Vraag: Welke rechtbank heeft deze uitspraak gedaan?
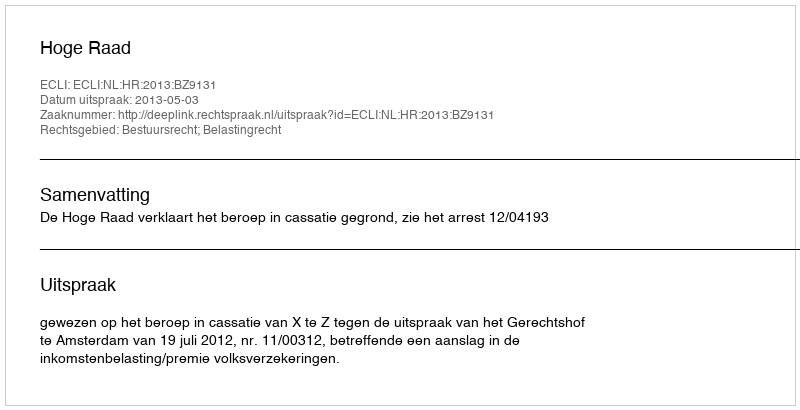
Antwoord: Hoge Raad